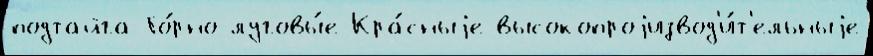
подтайга Го́рно-луговы́е Кра́сныjе высокопроjизвод'и́т'ельныjе